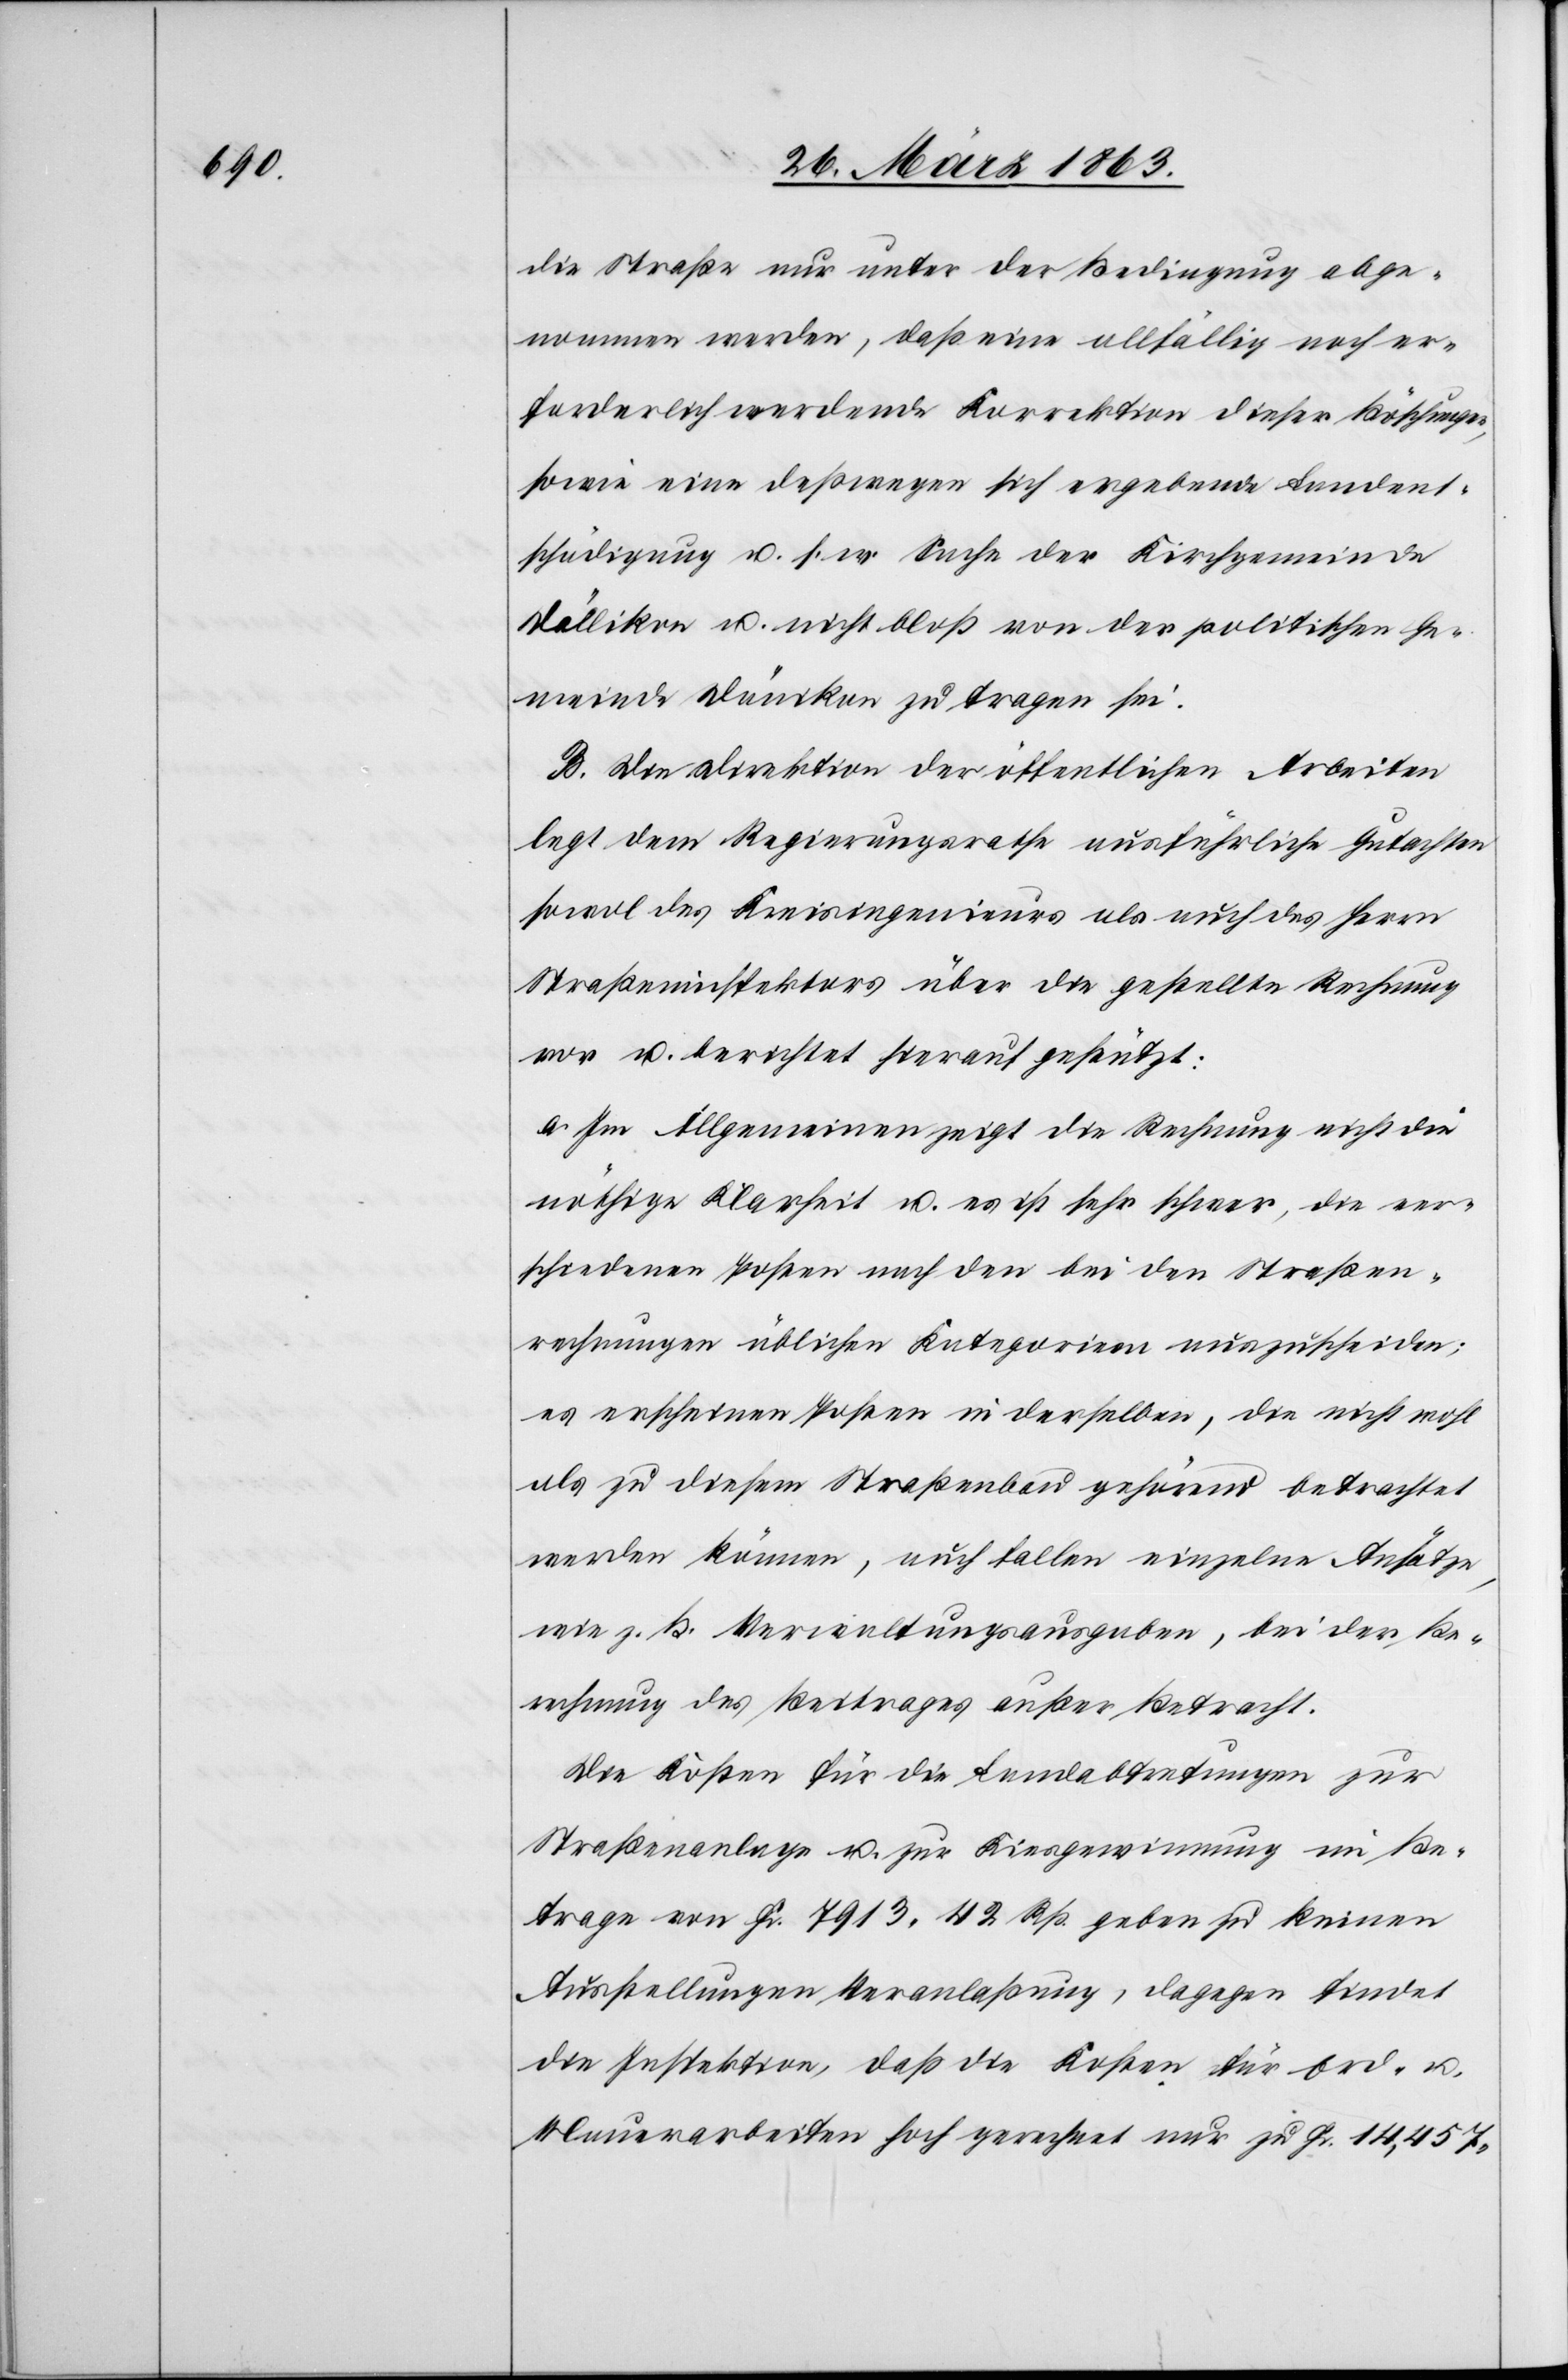
die Straße nur unter der Bedingung abge¬
nommen werden, daß eine allfällig noch er¬
forderlich werdende Korrektion dieser Böschungen,
sowie eine deßwegen sich ergebende Landent¬
schädigung u. s. w. Sache der Kirchgemeinde
Dällikon u. nicht bloß von der politischen Ge¬
meinde Dänikon zu tragen sei.
B. Die Direktion der öffentlichen Arbeiten
legt dem Regierungsrathe ausführliche Gutachten
sowol des Kreisingenieurs als auch des Herrn
Straßeninspektors über die gestellte Rechnung
vor u. berichtet hierauf gestützt:
a. Im Allgemeinen zeigt die Rechnung nicht die
nöthige Klarheit u. es ist sehr schwer, die ver¬
schiedenen Posten nach den bei den Straßen¬
rechnungen üblichen Kategorieen auszuscheiden;
es erscheinen Posten in derselben, die nicht wohl
als zu diesem Straßenbau gehörend betrachtet
werden können, auch fallen einzelne Ansätze,
wie z. B. Verwaltungsausgaben, bei der Be¬
rechnung des Beitrages außer Betracht.
Die Kosten für die Landabtretungen zur
Straßenanlage u. zur Kiesgewinnung im Be¬
trage von Fr. 7913. 42 Rp. geben zu keinen
Ausstellungen Veranlaßung, dagegen findet
die Inspektion, daß die Kosten für Erd- u.
Mauerarbeiten hoch gerechnet nur zu Fr. 14,457.